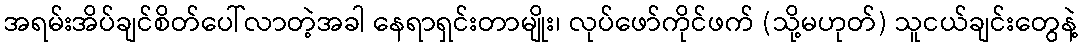
အရမ်းအိပ်ချင်စိတ်ပေါ်လာတဲ့အခါ နေရာရှင်းတာမျိုး၊ လုပ်ဖော်ကိုင်ဖက် (သို့မဟုတ်) သူငယ်ချင်းတွေနဲ့